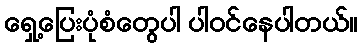
ရှေ့ပြေးပုံစံတွေပါ ပါဝင်နေပါတယ်။